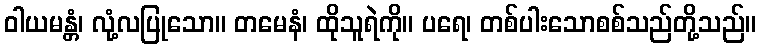
ဝါယမန္တံ၊ လုံ့လပြုသော။ တမေနံ၊ ထိုသူရဲကို။ ပရေ၊ တစ်ပါးသောစစ်သည်တို့သည်။